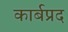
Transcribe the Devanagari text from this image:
कार्बप्रद